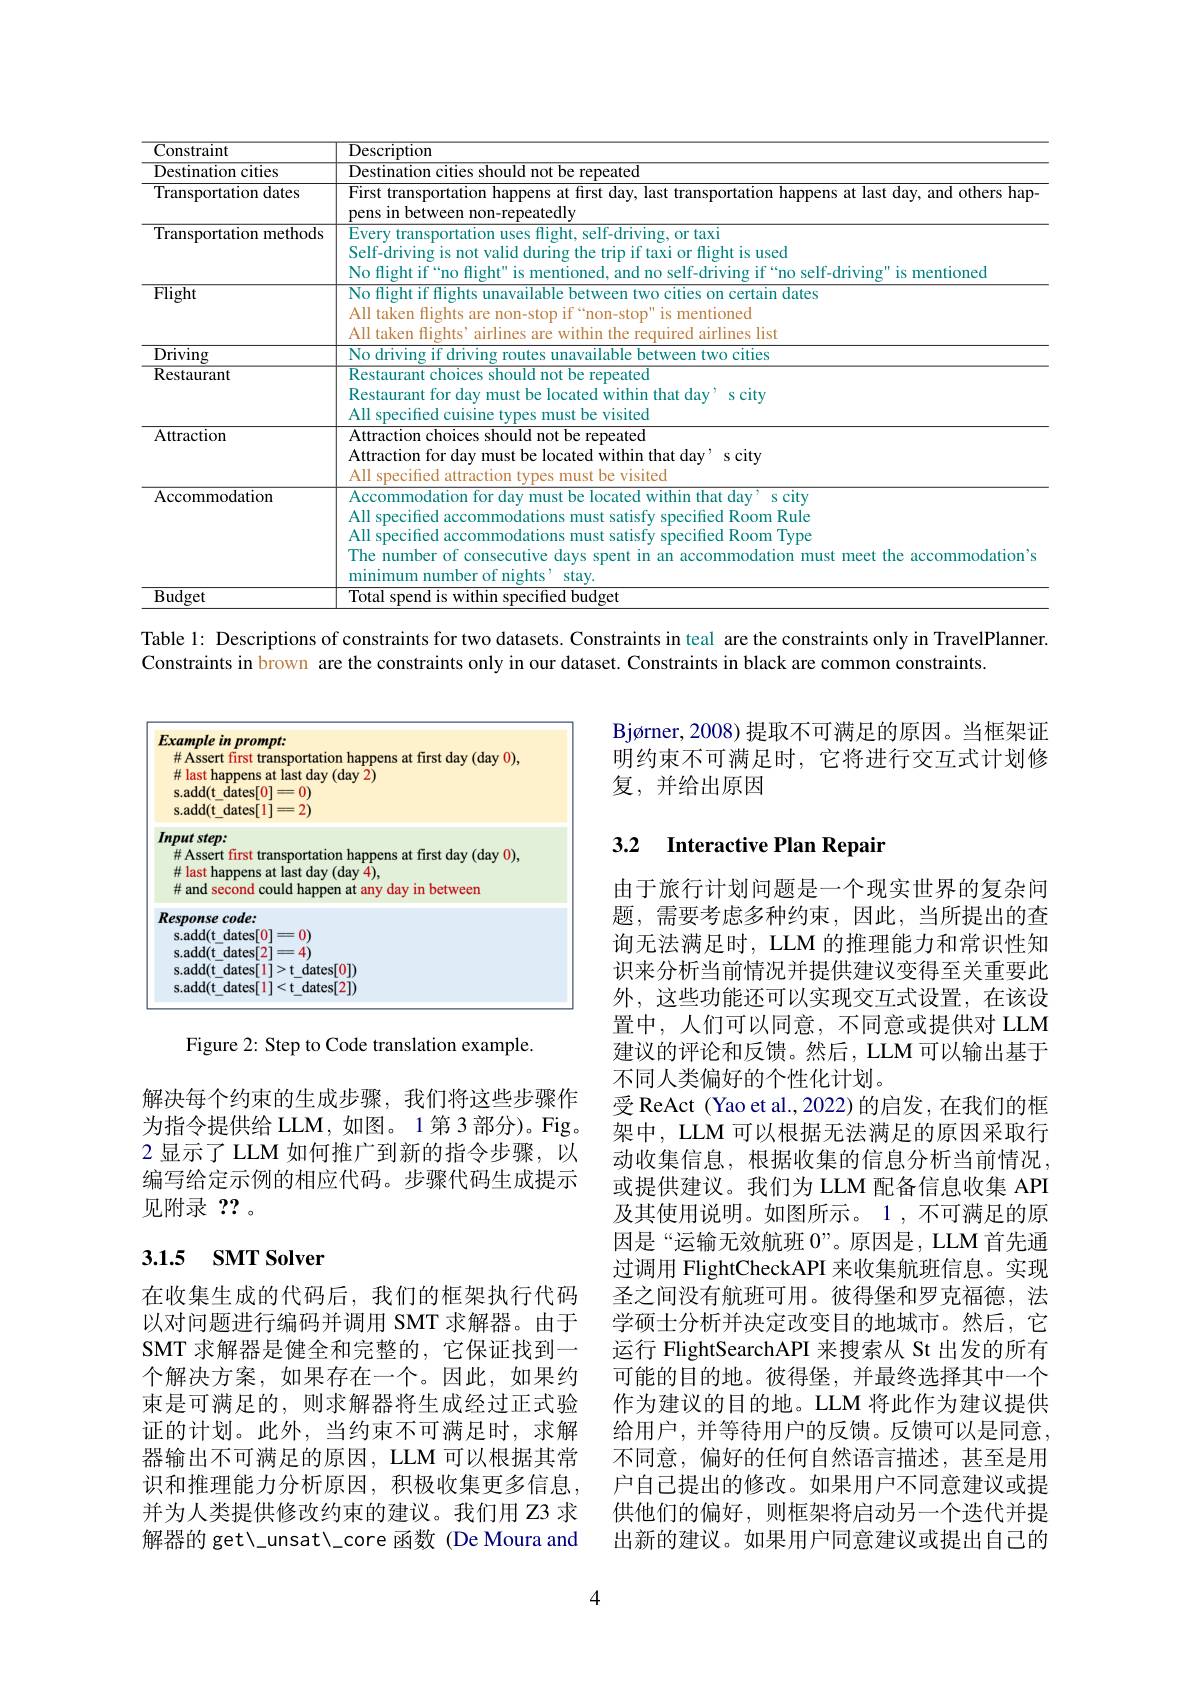
<table>
	<tbody>
		<tr>
			<th>Constraint</th>
			<th>$\overline{{\text{Description}}}$</th>
		</tr>
		<tr>
			<td>Destination cities</td>
			<td>Destination cities should not be repeated</td>
		</tr>
		<tr>
			<td>Transportation dates</td>
			<td>First transportation happens at first day, last transportation happens at last day, and others hap- pens in between eatedlu</td>
		</tr>
		<tr>
			<td>Transportation methods</td>
			<td>Every transportation uses flight, self-driving, or taxi Self-driving is not valid during the trip if taxi or flight is used No flight if“no flight" is mentioned, and no self-driving if“no self-driving" is mentioned</td>
		</tr>
		<tr>
			<td>$\overline{\mathrm{Flight}}$</td>
			<td>No flight if flights unavailable between two cities on certain dates All taken flights are non-stop if “non-stop" is mentioned All taken flights’airlines are within the required airlines list</td>
		</tr>
		<tr>
			<td>Driving</td>
			<td>No drivino if driving routeo ailable between two cities</td>
		</tr>
		<tr>
			<td>Restaurant</td>
			<td>Restaurant choices should not be repeated Restaurant for day must be located within that day' s city All specifed cuisine types must be visited</td>
		</tr>
		<tr>
			<td>Attraction</td>
			<td>${\mathrm{Attraction~choices~should~not~be~repeated}}$ Attraction for day must be located within that day' s city All specifred attraction tvpes must be visited</td>
		</tr>
		<tr>
			<td>Accommodation</td>
			<td>Accommodation for day must be located within that day' s city All specified accommodations must satisfy specified Room Rule The number of consecutive days spent in an accommodation must meet the accommodation's All specified accommodations must satisfy specified Room Type minimum number of nights' stay.</td>
		</tr>
		<tr>
			<td>$\operatorname{Budget}$</td>
			<td>Total spend is within specified budget</td>
		</tr>
	</tbody>
</table>

Table 1: Descriptions of constraints for two datasets. Constraints in teal are the constraints only in TravelPlanner.

Constraints in brown are the constraints only in our dataset. Constraints in black are common constraints.

Bjø rner, 2008)提取不可满足的原因。当框架证明约束不可满足时，它将进行交互式计划修复，并给出原因

## 3.2 Interactive Plan Repair

<FigureHere>

Figure 2: Step to Code translation example.

解决每个约束的生成步骤，我们将这些步骤作为指令提供给 LLM, 如图。1 第 3 部分)。Fig。2 显示了 LLM 如何推广到新的指令步骤，以编写给定示例的相应代码。步骤代码生成提示见附录？? 。

由于旅行计划问题是一个现实世界的复杂问题，需要考虑多种约束，因此，当所提出的查询无法满足时，LLM 的推理能力和常识性知识来分析当前情况并提供建议变得至关重要此外，这些功能还可以实现交互式设置，在该设置中，人们可以同意，不同意或提供对 LLM 建议的评论和反馈。然后，LLM 可以输出基于不同人类偏好的个性化计划。
受 ReAct (Yao et al.,2022)的启发，在我们的框架中，LLM 可以根据无法满足的原因采取行动收集信息，根据收集的信息分析当前情况， 或提供建议。我们为 LLM 配备信息收集 API 及其使用说明。如图所示。1,不可满足的原因是“运输无效航班$0”$。原因是，LLM 首先通过调用 FlightCheckAPI 来收集航班信息。实现圣之间没有航班可用。彼得堡和罗克福德，法学硕士分析并决定改变目的地城市。然后，它运行 FlightSearchAPI 来搜索从 St 出发的所有可能的目的地。彼得堡，并最终选择其中一个作为建议的目的地。LLM 将此作为建议提供给用户，并等待用户的反馈。反馈可以是同意， 不同意，偏好的任何自然语言描述，甚至是用户自己提出的修改。如果用户不同意建议或提供他们的偏好，则框架将启动另一个迭代并提出新的建议。如果用户同意建议或提出自己的

## 3.1.5 SMT Solver

在收集生成的代码后，我们的框架执行代码以对问题进行编码并调用 SMT 求解器。由于SMT 求解器是健全和完整的，它保证找到一个解决方案，如果存在一个。因此，如果约束是可满足的，则求解器将生成经过正式验证的计划。此外，当约束不可满足时，求解器输出不可满足的原因，LLM 可以根据其常识和推理能力分析原因，积极收集更多信息， 并为人类提供修改约束的建议。我们用 Z3 求解器的 get\ unsat\c{core~函数(De~Moura~and})

4